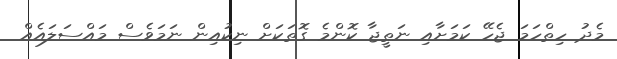
މެދު ހިތްހަމަ ޖެހޭ ކަމަށާއި ނަތީޖާ ކޮންމެ ގޮތަކަށް ނިކުއިން ނަމަވެސް މައްސަލައެއް